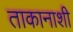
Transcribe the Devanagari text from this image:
ताकानाशी